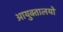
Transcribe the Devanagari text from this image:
आयुक्‍तालयों